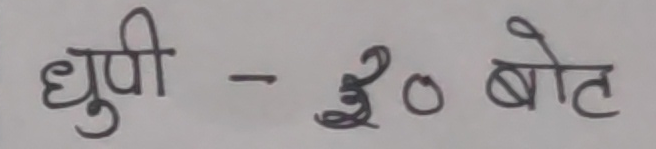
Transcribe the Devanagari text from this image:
धुपी - ३० बाेट